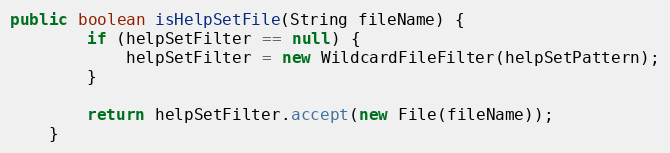
Language: Java
public boolean isHelpSetFile(String fileName) {
        if (helpSetFilter == null) {
            helpSetFilter = new WildcardFileFilter(helpSetPattern);
        }

        return helpSetFilter.accept(new File(fileName));
    }